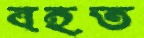
বহত